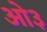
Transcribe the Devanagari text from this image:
ओ३